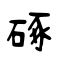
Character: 硺